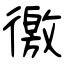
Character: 徼